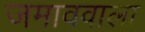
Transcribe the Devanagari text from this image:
जमाववाला